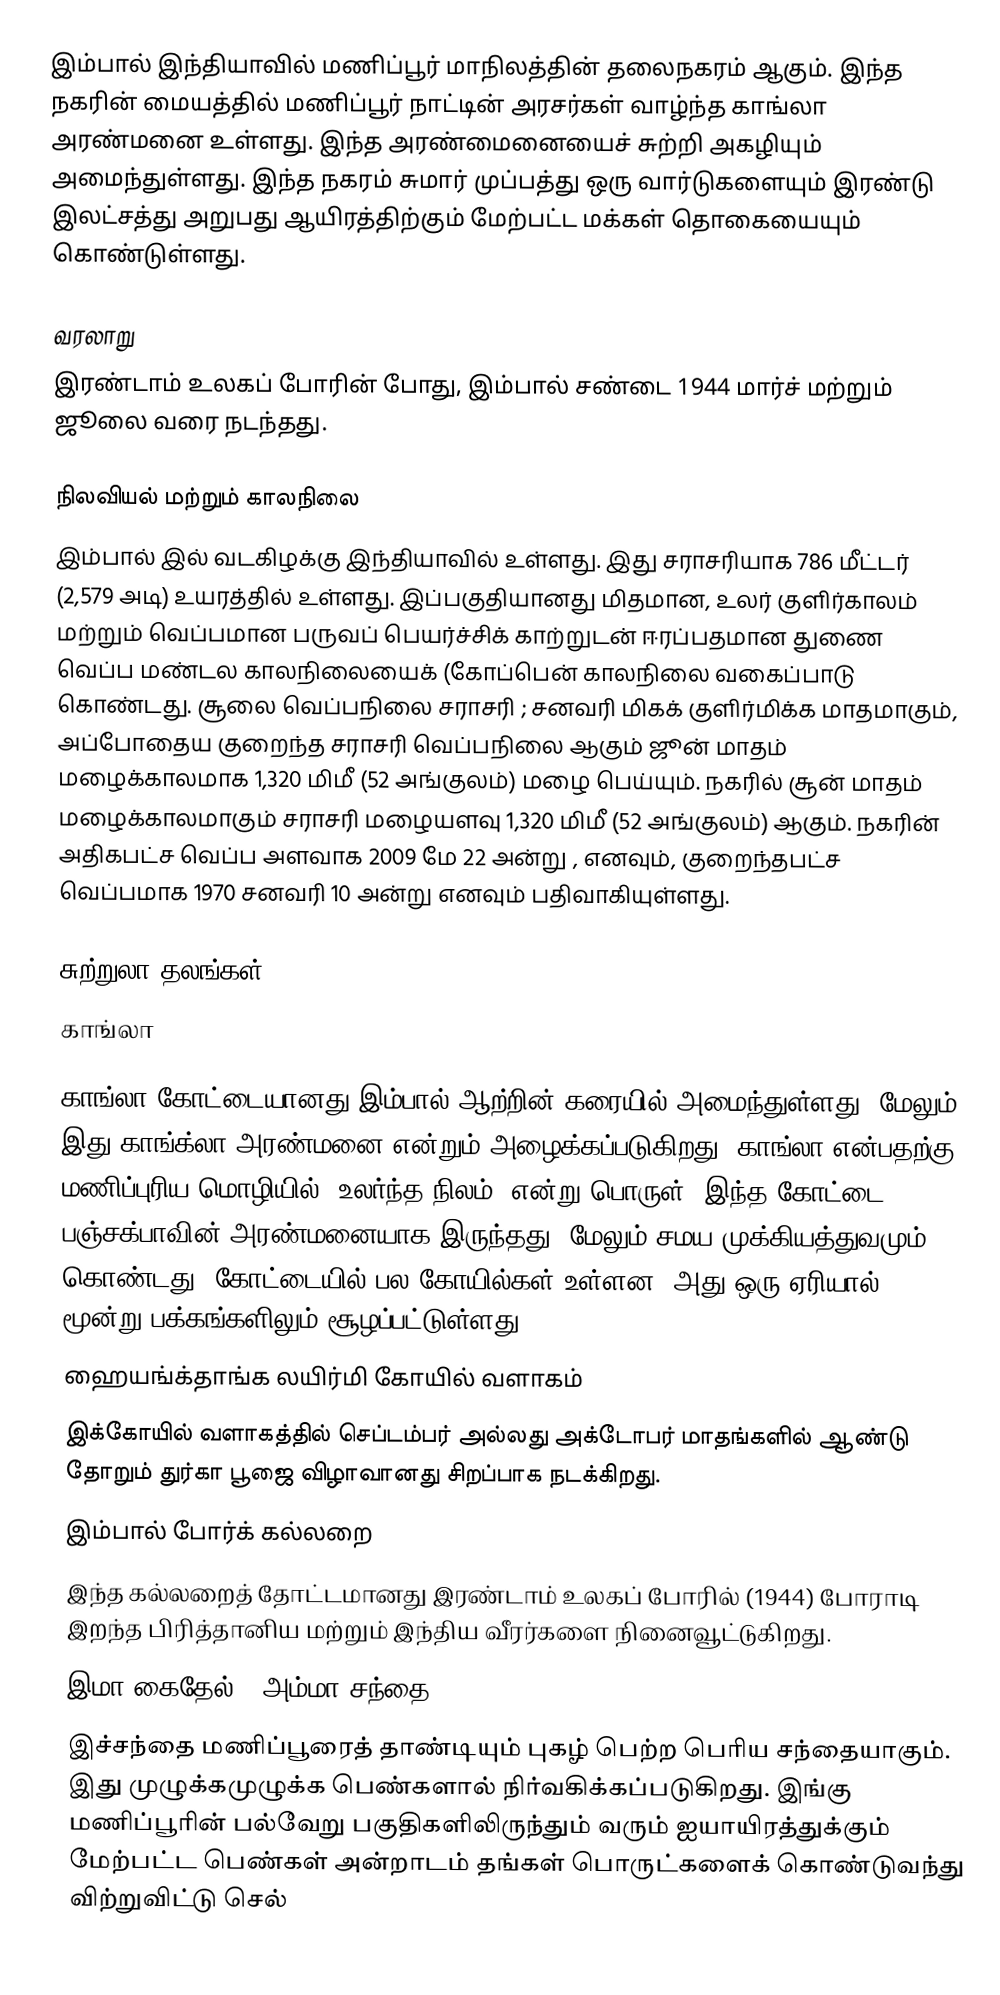
இம்பால் இந்தியாவில் மணிப்பூர் மாநிலத்தின் தலைநகரம் ஆகும். இந்த நகரின் மையத்தில் மணிப்பூர் நாட்டின் அரசர்கள் வாழ்ந்த காங்லா அரண்மனை உள்ளது. இந்த அரண்மைனையைச் சுற்றி அகழியும் அமைந்துள்ளது. இந்த நகரம் சுமார் முப்பத்து ஒரு வார்டுகளையும் இரண்டு இலட்சத்து அறுபது ஆயிரத்திற்கும் மேற்பட்ட மக்கள் தொகையையும் கொண்டுள்ளது.

வரலாறு
இரண்டாம் உலகப் போரின் போது, இம்பால் சண்டை 1944 மார்ச் மற்றும் ஜூலை வரை நடந்தது.

நிலவியல் மற்றும் காலநிலை
இம்பால்  இல் வடகிழக்கு இந்தியாவில் உள்ளது. இது சராசரியாக 786 மீட்டர் (2,579 அடி) உயரத்தில் உள்ளது. இப்பகுதியானது    மிதமான, உலர் குளிர்காலம் மற்றும் வெப்பமான பருவப் பெயர்ச்சிக் காற்றுடன் ஈரப்பதமான துணை வெப்ப மண்டல காலநிலையைக் (கோப்பென் காலநிலை வகைப்பாடு  கொண்டது. சூலை வெப்பநிலை சராசரி ; சனவரி மிகக் குளிர்மிக்க மாதமாகும், அப்போதைய குறைந்த சராசரி வெப்பநிலை  ஆகும் ஜூன் மாதம் மழைக்காலமாக 1,320 மிமீ (52 அங்குலம்) மழை பெய்யும். நகரில் சூன் மாதம் மழைக்காலமாகும் சராசரி மழையளவு 1,320 மிமீ (52 அங்குலம்) ஆகும். நகரின் அதிகபட்ச வெப்ப அளவாக 2009 மே 22 அன்று , எனவும், குறைந்தபட்ச வெப்பமாக 1970 சனவரி 10 அன்று   எனவும் பதிவாகியுள்ளது.

சுற்றுலா தலங்கள்
காங்லா

காங்லா கோட்டையானது இம்பால் ஆற்றின் கரையில் அமைந்துள்ளது, மேலும் இது காங்க்லா அரண்மனை என்றும் அழைக்கப்படுகிறது. காங்லா என்பதற்கு மணிப்புரிய மொழியில் "உலர்ந்த நிலம்" என்று பொருள். இந்த கோட்டை பஞ்சக்பாவின் அரண்மனையாக இருந்தது, மேலும் சமய முக்கியத்துவமும் கொண்டது. கோட்டையில் பல கோயில்கள் உள்ளன, அது ஒரு ஏரியால் மூன்று பக்கங்களிலும் சூழப்பட்டுள்ளது.
ஹையங்க்தாங்க லயிர்மி கோயில் வளாகம்
இக்கோயில் வளாகத்தில் செப்டம்பர் அல்லது அக்டோபர் மாதங்களில் ஆண்டு தோறும் துர்கா பூஜை விழாவானது சிறப்பாக நடக்கிறது.
இம்பால் போர்க் கல்லறை
இந்த கல்லறைத் தோட்டமானது இரண்டாம் உலகப் போரில் (1944) போராடி இறந்த பிரித்தானிய மற்றும் இந்திய வீரர்களை நினைவூட்டுகிறது.
இமா கைதேல் - அம்மா சந்தை
இச்சந்தை மணிப்பூரைத் தாண்டியும் புகழ் பெற்ற பெரிய சந்தையாகும். இது முழுக்கமுழுக்க பெண்களால் நிர்வகிக்கப்படுகிறது. இங்கு மணிப்பூரின் பல்வேறு பகுதிகளிலிருந்தும் வரும் ஐயாயிரத்துக்கும் மேற்பட்ட பெண்கள் அன்றாடம் தங்கள் பொருட்களைக் கொண்டுவந்து விற்றுவிட்டு செல்